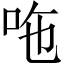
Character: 𠰹